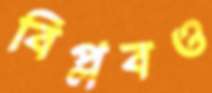
বিপ্লবও